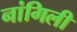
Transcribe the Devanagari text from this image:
नांगिली